Civil Veterinary Department Bihar & Orissa reports 1929-36 - 1929-1936
Year: 1929
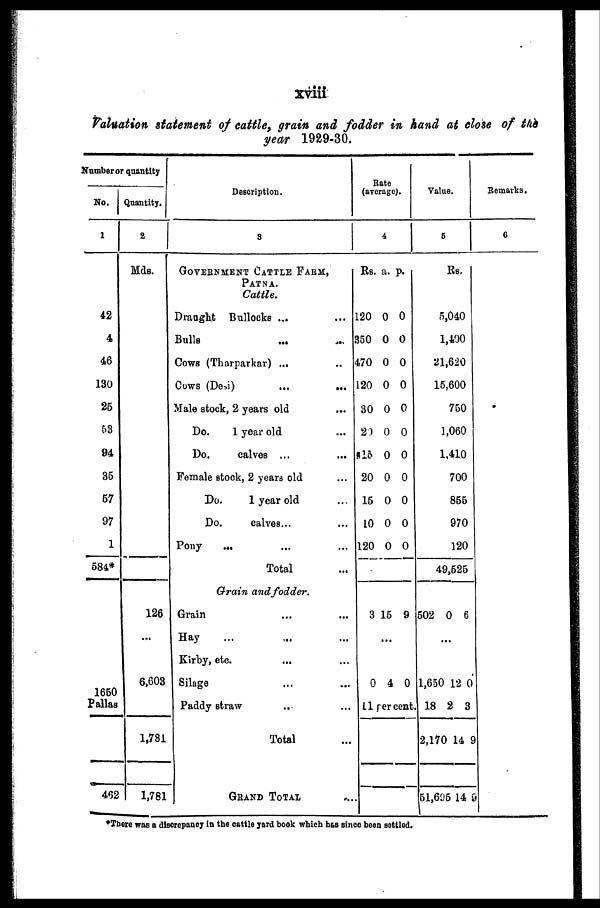
xviii
Valuation statement of cattle, grain and fodder in hand at close of the
year 1929-30.
Number or quantity
No.
1
42
4
46
130
25
53
94
35
57
97
584*
1650
Pallas
462
Quantity.
2
Mds.
126
...
6,603
1,781
1,781
Description.
3
GOVERENMENT CATTLE FARM,
PATNA.
Cattle.
Draught Bullocks ... …
Bulls … …
Cows (Tkarparkar) ... …
Cows (Desi)
...
...
Male stock, 2 years old …
Do.
1 year old …
Do.
calves ...
Female stock, 2 years old ...
Do.
1 year old …
Do.
calves... ...
Pony
... … …
Total …
Grain and fodder.
Grain … … …
Hay
... … …
Kirby, etc. ... ...
Silage … …
Paddy straw … …
Total …
GRAND TOTAL ...
Rate
(average).
4
Rs. a. p.
120 0 0
350 0 0
470 0 0
120 0 0
30 0 0
20 0 0
15 0 0
20 0 0
15 0 0
10 0 0
120 0 0
3 15 9
...
0 4 0
11 percent
Value.
5
Rs.
5,040
1,400
21,620
15,600
750
1,060
1,410
700
855
970
120
49,525
502 0 6
...
1,650 12 0
18 2 3
2,170 14 9
51,605 14 9
Remarks.
6
*There was a discrepancy in the cattle yard book which has since been settled.